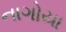
નાગોયા